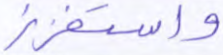
واستفزز